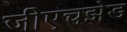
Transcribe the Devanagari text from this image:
जीएचझेड